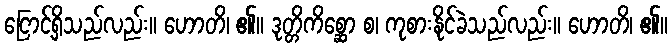
ငြောင့်ရှိသည်လည်း။ ဟောတိ၊ ၏။ ဒုတ္တိကိစ္ဆော စ၊ ကုစားနိုင်ခဲသည်လည်း။ ဟောတိ၊ ၏။